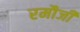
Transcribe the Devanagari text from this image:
रमौजी